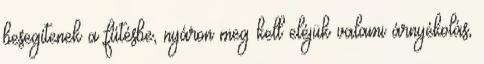
besegítenek a fűtésbe, nyáron meg kell eléjük valami árnyékolás,